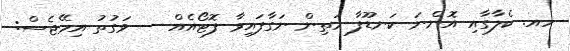
ހއ. ކެލާގާއި އޮންނަ ކަނޑޫފާ މަތިން ނަގާފައިވާ ފޮޓޯއެއް -- ވަގުތު އިމޭޖެސް: